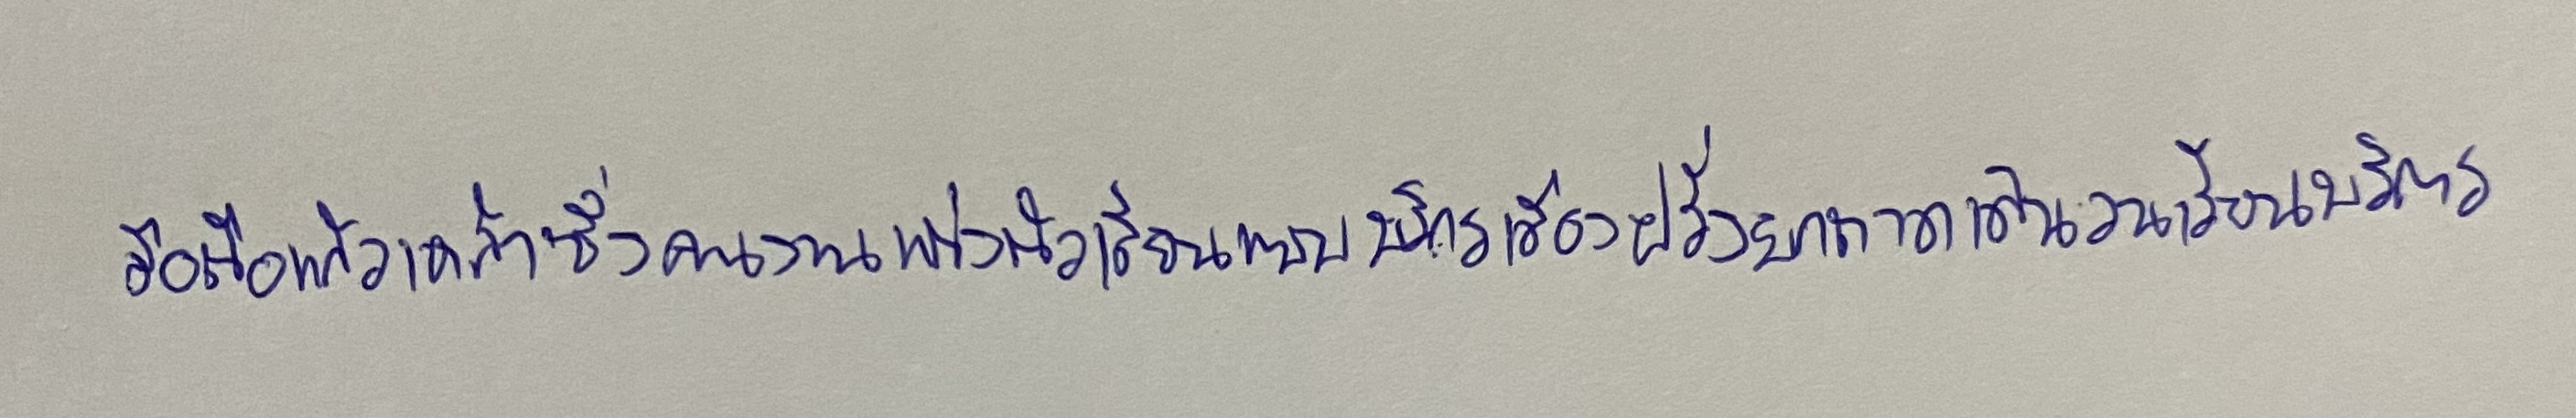
มือถือแก้วเหล้าซึ่งคนงานแต่งตัวเลียนแบบบริกรเมืองฝรั่งยกถาดเดินวนเวียนบริการ